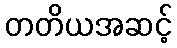
တတိယအဆင့်